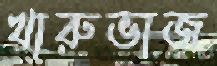
খারুভাজ